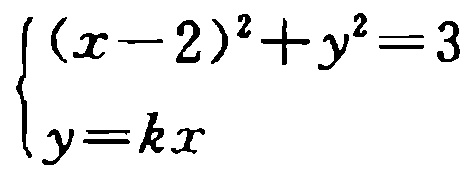
$\begin{cases}(x - 2)^2 + y^2 = 3\\y = kx\end{cases}$